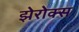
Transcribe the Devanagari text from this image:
झेरोक्स